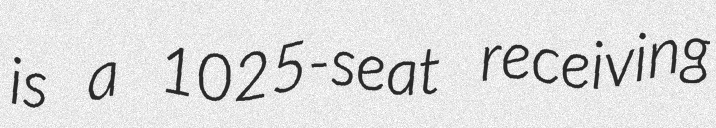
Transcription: is a 1025-seat receiving